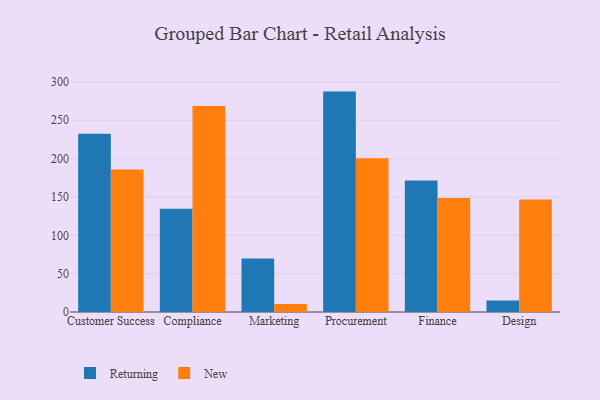
{"axis": {"x": "Department", "y": "Market Share (%)"}, "legend": ["New", "Returning"], "data": [{"x": "Customer Success", "y": 232.3, "type": "Returning"}, {"x": "Customer Success", "y": 185.8, "type": "New"}, {"x": "Compliance", "y": 134.5, "type": "Returning"}, {"x": "Compliance", "y": 268.6, "type": "New"}, {"x": "Marketing", "y": 69.7, "type": "Returning"}, {"x": "Marketing", "y": 10.4, "type": "New"}, {"x": "Procurement", "y": 287.4, "type": "Returning"}, {"x": "Procurement", "y": 200.4, "type": "New"}, {"x": "Finance", "y": 171.4, "type": "Returning"}, {"x": "Finance", "y": 148.8, "type": "New"}, {"x": "Design", "y": 15.1, "type": "Returning"}, {"x": "Design", "y": 146.7, "type": "New"}]}